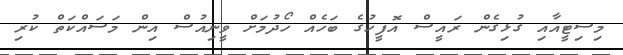
މިސިޓީއާއި ގުޅިގެން ރައީސް އޮފީހުގެ ބަހެއް ހޯދުމަށް ވީނިއުސް އިން މަސައްކަތް ކުރި